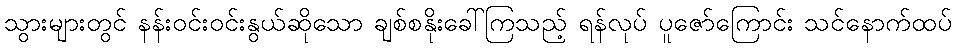
သွားများတွင် နန်းဝင်းဝင်းနွယ်ဆိုသော ချစ်စနိုးခေါ်ကြသည့် ရန်လုပ် ပူဇော်ကြောင်း သင်နောက်ထပ်